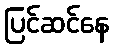
ပြင်ဆင်နေ